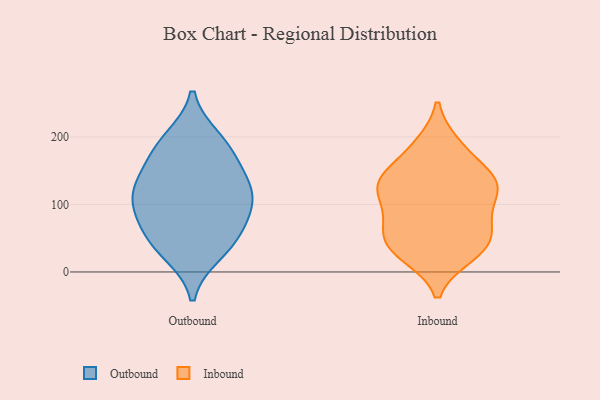
{"axis": {"x": "Temperature (°C)", "y": "Value"}, "legend": ["Inbound", "Outbound"], "data": [{"x": "", "y": 78, "type": "Outbound"}, {"x": "", "y": 50, "type": "Outbound"}, {"x": "", "y": 44, "type": "Outbound"}, {"x": "", "y": 128, "type": "Outbound"}, {"x": "", "y": 135, "type": "Outbound"}, {"x": "", "y": 93, "type": "Outbound"}, {"x": "", "y": 113, "type": "Outbound"}, {"x": "", "y": 196, "type": "Outbound"}, {"x": "", "y": 185, "type": "Outbound"}, {"x": "", "y": 29, "type": "Outbound"}, {"x": "", "y": 171, "type": "Outbound"}, {"x": "", "y": 111, "type": "Outbound"}, {"x": "", "y": 62, "type": "Inbound"}, {"x": "", "y": 133, "type": "Inbound"}, {"x": "", "y": 59, "type": "Inbound"}, {"x": "", "y": 33, "type": "Inbound"}, {"x": "", "y": 135, "type": "Inbound"}, {"x": "", "y": 118, "type": "Inbound"}, {"x": "", "y": 127, "type": "Inbound"}, {"x": "", "y": 29, "type": "Inbound"}, {"x": "", "y": 96, "type": "Inbound"}, {"x": "", "y": 63, "type": "Inbound"}, {"x": "", "y": 36, "type": "Inbound"}, {"x": "", "y": 188, "type": "Inbound"}, {"x": "", "y": 133, "type": "Inbound"}, {"x": "", "y": 25, "type": "Inbound"}, {"x": "", "y": 187, "type": "Inbound"}, {"x": "", "y": 127, "type": "Inbound"}, {"x": "", "y": 82, "type": "Inbound"}, {"x": "", "y": 154, "type": "Inbound"}]}